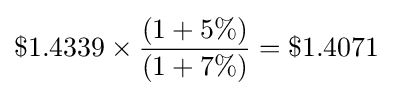
\$1.4339\times {\frac {(1+5\%)}{(1+7\%)}}=\$1.4071